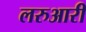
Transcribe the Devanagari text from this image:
लरुआरी